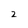
Character: 2